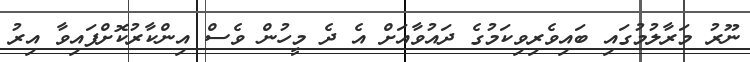
ނޫރު މަރާލުމުގައި ބައިވެރިވިކަމުގެ ދައުވާއަށް އެ ދެ މީހުން ވެސް އިންކާރުކޮށްފައިވާ އިރު